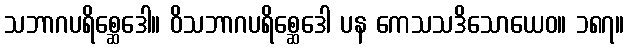
သဘာဂပရိစ္ဆေဒေါ။ ဝိသဘာဂပရိစ္ဆေဒေါ ပန ကေသသဒိသောယေဝ။ ၁၈၇။